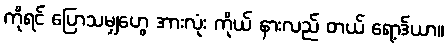
ကိုရင် ပြောသမျှဟွေ အားလုံး ကိုယ် နားလည် တယ် ရော့ဒ်ယာ။